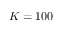
K = 1 0 0